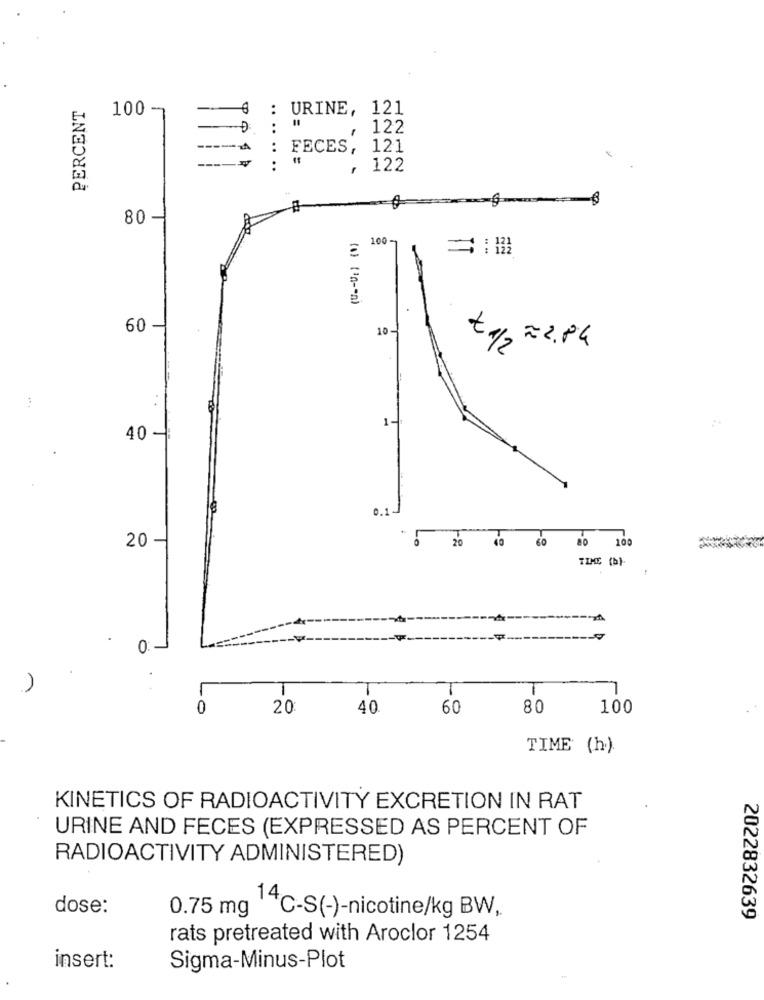
PERCENT
:
URINE, 121
100 -
1
122
----
:
....
FECES, 121
----
..
122
-6
80
100-
=: 1
(1) (10-0)
60
10-
=2.84
+ 1/2
. .
1-
40 -
0.1
20
0 20 40 60 80 100
TIME (b)-
0:
1
0
20
40
60
80
100
TIME (h).
KINETICS OF RADIOACTIVITY EXCRETION IN RAT
URINE AND FECES (EXPRESSED AS PERCENT OF
RADIOACTIVITY ADMINISTERED)
dose:
0.75 mg C-S(-)-nicotine/kg BW,
2022832639
rats pretreated with Aroclor 1254
insert:
Sigma-Minus-Plot